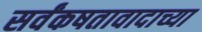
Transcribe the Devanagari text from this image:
सर्वंकषतावादाच्या